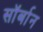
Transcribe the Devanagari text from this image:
सॉर्बान